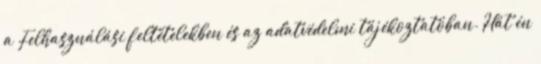
a Felhasználási feltételekben és az adatvédelmi tájékoztatóban. Hát én